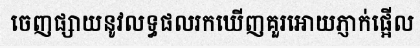
ចេញផ្សាយនូវលទ្ធផលរកឃើញគួរអោយភ្ញាក់ផ្អើល